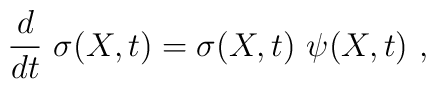
{d\over dt}\ \sigma(X,t)=\sigma(X,t)\ \psi(X,t)\ ,